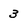
Character: 3